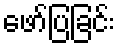
ဖော်ပြခြင်း